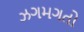
ઝગમગતો